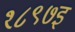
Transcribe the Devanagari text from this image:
१८९७इ